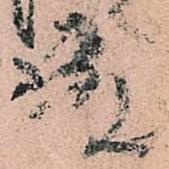
殿